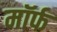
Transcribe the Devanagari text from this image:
मॉर्फ